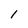
Character: 1